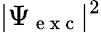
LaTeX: |\Psi_{\mathrm{~e~x~c~}}|^{2}